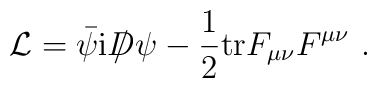
{\cal L} = \bar{\psi} {\rm i} D \!\!\!\!/ \, \psi - \frac{1}{2}{\rm tr}F_{\mu \nu} F^{\mu \nu} \ .